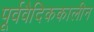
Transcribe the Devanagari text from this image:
पूर्ववैदिककालीन